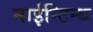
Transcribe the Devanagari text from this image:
नाईन्टिन्थ